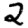
Digit: 2